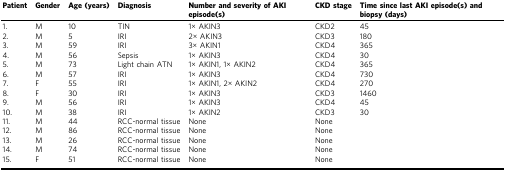
| Patient | Gender | Age (years) | Diagnosis | Number and severity of AKI episode(s) | CKD stage | Time since last AKI episode(s) and biopsy (days) |
 | --- | --- | --- | --- | --- | --- | --- |
 | 1. | M | 10 | TIN | 1× AKIN3 | CKD2 | 45 |
 | 2. | M | 5 | IRI | 2× AKIN3 | CKD3 | 180 |
 | 3. | M | 59 | IRI | 3× AKIN1 | CKD4 | 365 |
 | 4. | M | 56 | Sepsis | 1× AKIN3 | CKD4 | 30 |
 | 5. | M | 73 | Light chain ATN | 1× AKIN1, 1× AKIN2 | CKD4 | 365 |
 | 6. | M | 57 | IRI | 1× AKIN3 | CKD4 | 730 |
 | 7. | F | 55 | IRI | 1× AKIN1, 2× AKIN2 | CKD4 | 270 |
 | 8. | F | 30 | IRI | 1× AKIN3 | CKD3 | 1460 |
 | 9. | M | 56 | IRI | 1× AKIN3 | CKD4 | 45 |
 | 10. | M | 38 | IRI | 1× AKIN2 | CKD3 | 30 |
 | 11. | M | 44 | RCC-normal tissue | None | None |  |
 | 12. | M | 86 | RCC-normal tissue | None | None |  |
 | 13. | M | 26 | RCC-normal tissue | None | None |  |
 | 14. | M | 74 | RCC-normal tissue | None | None |  |
 | 15. | F | 51 | RCC-normal tissue | None | None |  |